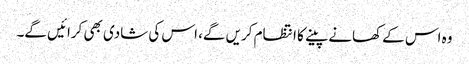
وہ اس کے کھانے پینے کا انتظام کریں گے، اس کی شادی بھی کرائیں گے۔